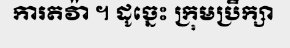
ការតវ៉ា ។ ដូច្នេះ ក្រុមប្រឹក្សា